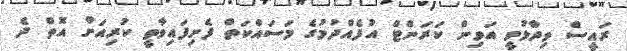
ރައީސް ވިދާޅުވީ އަވިން ކަރަންޓް އުފެއްދުމުގެ މަސައްކަތް ފެށިފައިވާތީ ކުރިއަށް އޮތް ދެ